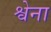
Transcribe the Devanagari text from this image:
श्वेना